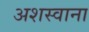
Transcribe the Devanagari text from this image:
अशस्वाना